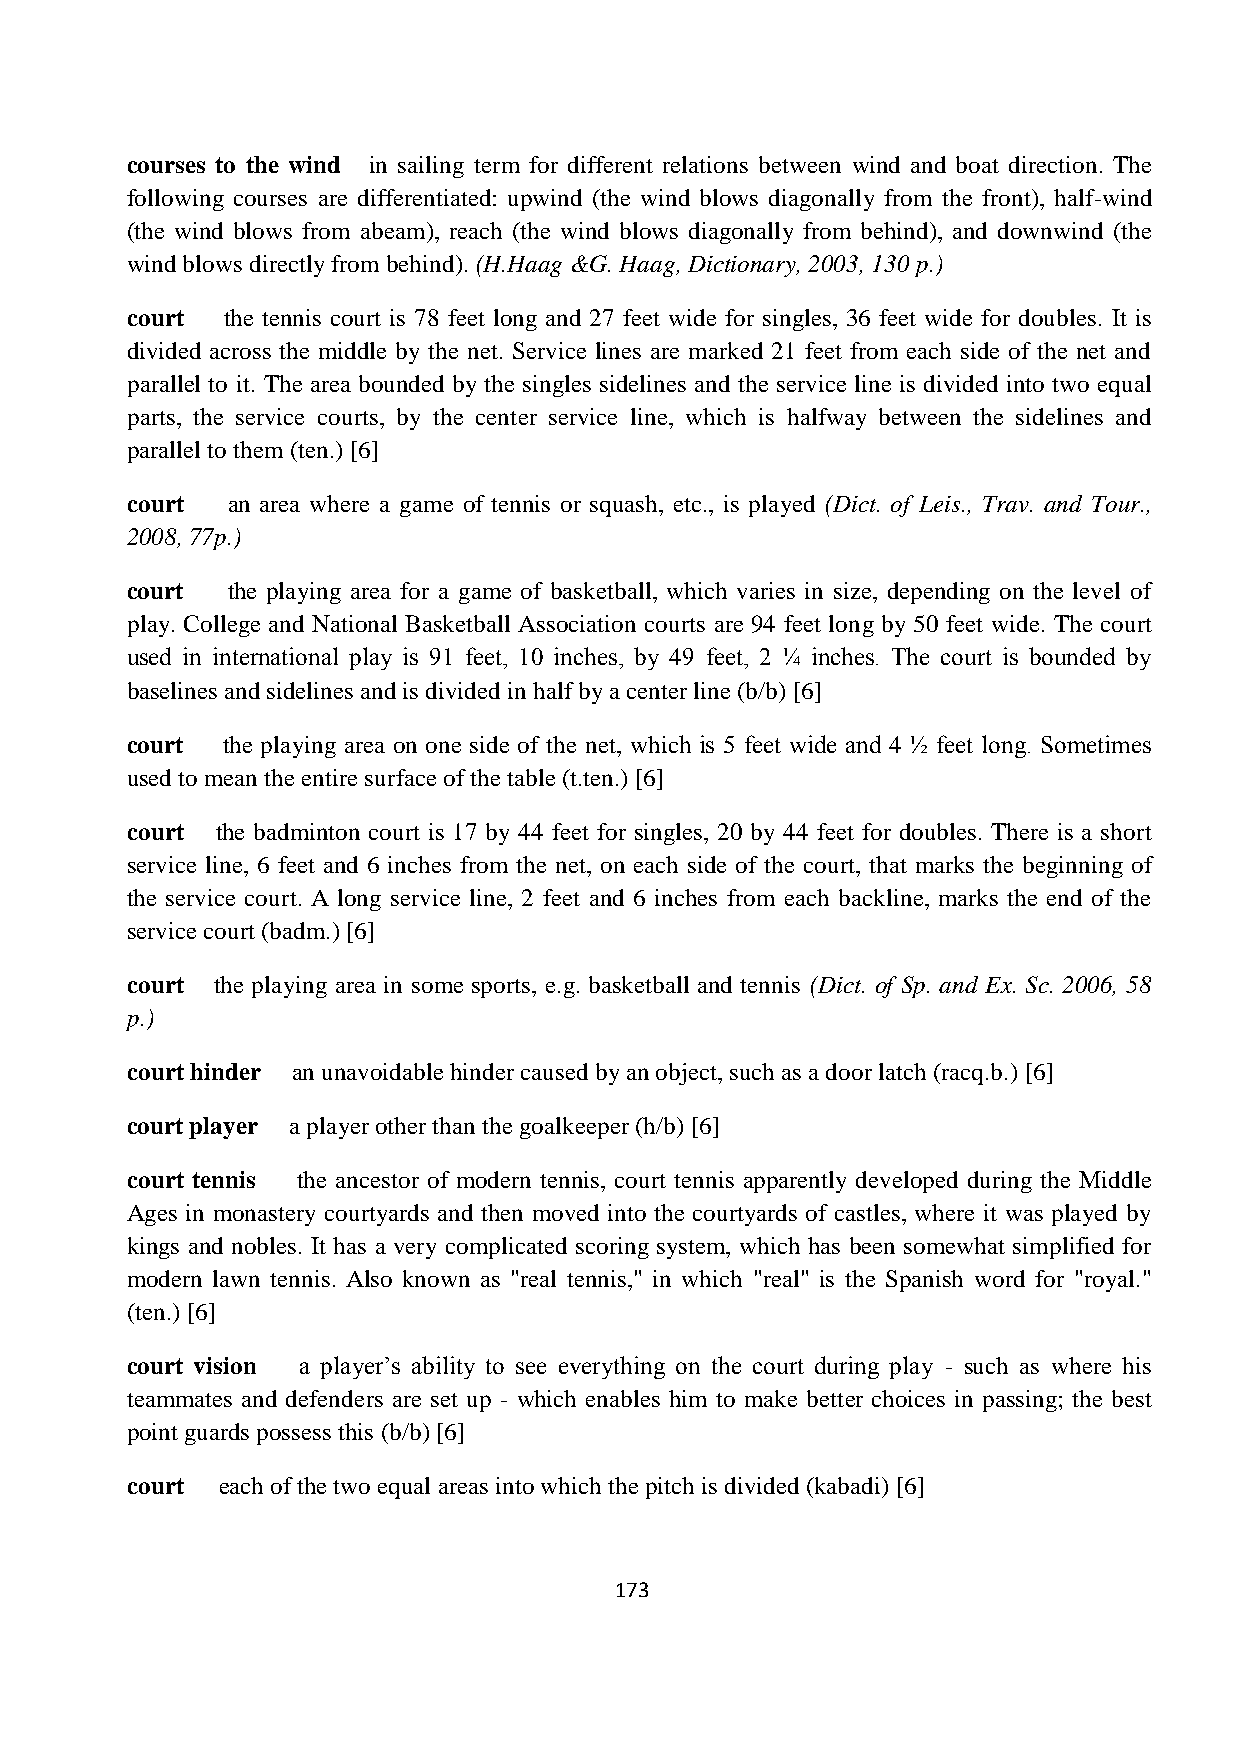
courses to the wind in sailing term for different relations between wind and boat direction. The
 following courses are differentiated: upwind (the wind blows diagonally from the front), half-wind
 (the wind blows from abeam), reach (the wind blows diagonally from behind), and downwind (the
 wind blows directly from behind). (H.Haag &G. Haag, Dictionary, 2003, 130 p.)
 court  the tennis court is 78 feet long and 27 feet wide for singles, 36 feet wide for doubles. It is
 divided across the middle by the net. Service lines are marked 21 feet from each side of the net and
 parallel to it. The area bounded by the singles sidelines and the service line is divided into two equal
 parts, the service courts, by the center service line, which is halfway between the sidelines and
 parallel to them (ten.) [6]
 court  an area where a game of tennis or squash, etc., is played (Dict. of Leis., Trav. and Tour.,
 2008, 77p.)
 court  the playing area for a game of basketball, which varies in size, depending on the level of
 play. College and National Basketball Association courts are 94 feet long by 50 feet wide. The court
 used in international play is 91 feet, 10 inches, by 49 feet, 2 ¼ inches. The court is bounded by
 baselines and sidelines and is divided in half by a center line (b/b) [6]
 court  the playing area on one side of the net, which is 5 feet wide and 4 ½ feet long. Sometimes
 used to mean the entire surface of the table (t.ten.) [6]
 court the badminton court is 17 by 44 feet for singles, 20 by 44 feet for doubles. There is a short
 service line, 6 feet and 6 inches from the net, on each side of the court, that marks the beginning of
 the service court. A long service line, 2 feet and 6 inches from each backline, marks the end of the
 service court (badm.) [6]
 court the playing area in some sports, e.g. basketball and tennis (Dict. of Sp. and Ex. Sc. 2006, 58
 p.)
 court hinder an unavoidable hinder caused by an object, such as a door latch (racq.b.) [6]
 court player a player other than the goalkeeper (h/b) [6]
 court tennis the ancestor of modern tennis, court tennis apparently developed during the Middle
 Ages in monastery courtyards and then moved into the courtyards of castles, where it was played by
 kings and nobles. It has a very complicated scoring system, which has been somewhat simplified for
 modern lawn tennis. Also known as "real tennis," in which "real" is the Spanish word for "royal."
 (ten.) [6]
 court vision a player’s ability to see everything on the court during play - such as where his
 teammates and defenders are set up - which enables him to make better choices in passing; the best
 point guards possess this (b/b) [6]
 court each of the two equal areas into which the pitch is divided (kabadi) [6]
 173